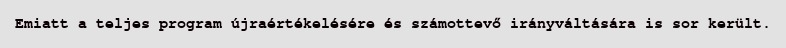
Emiatt a teljes program újraértékelésére és számottevő irányváltására is sor került.